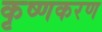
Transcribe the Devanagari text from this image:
कृष्णकरण